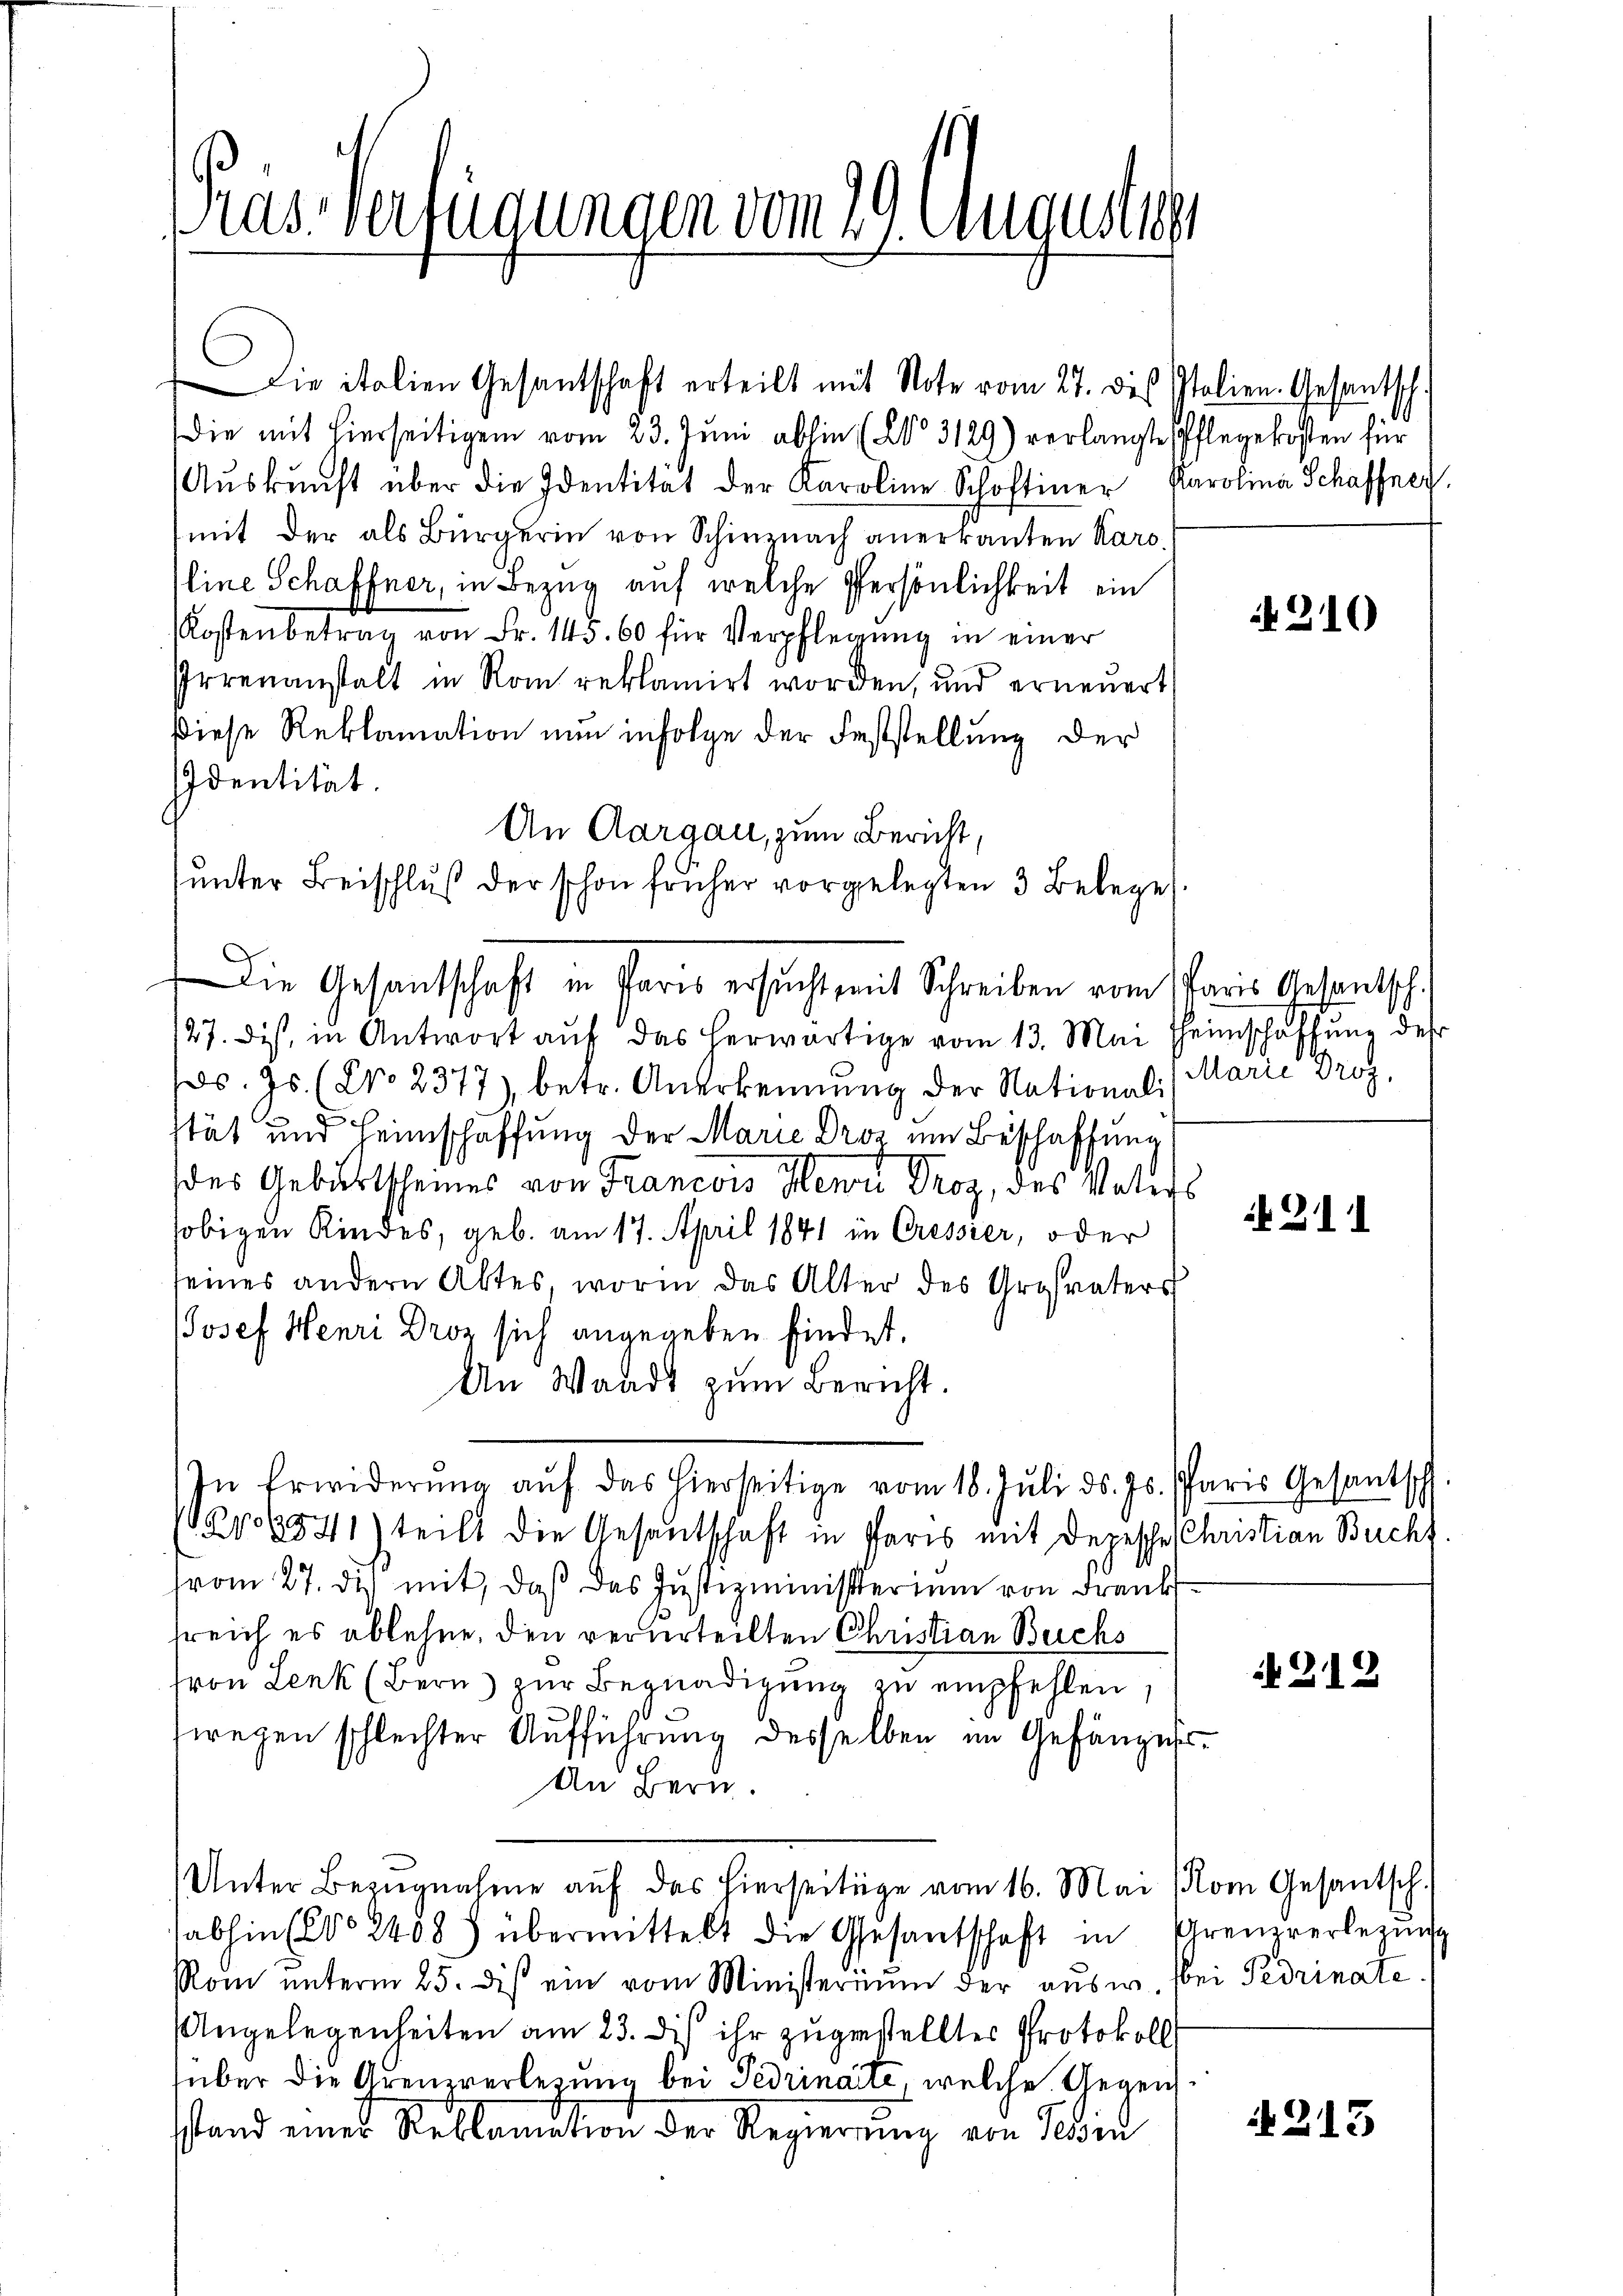
Gras Verfügungen vom 19. Augustim

Die mit hierseitigen vom 23. Juni abhin (Co 3129) verlangte Pflegekosten für
Aŭskŭnft über die Identität der Karoline Schoftiner Karolina Schaffner,
(mit der als Bürgerin von Schinznach anerkannten Karo
line Schaffner, in Bezug auf welche Persönlichkeit ein
Kostenbetrag von Fr. 145. 60 für Verpflegung in einer
Irrenanstalt in Rom reklamirt worden, und erneuert
diese Reklamation nun infolge der Feststellung der
Identität.
An Aargau, zum Bericht,
sunter Beischluß der schon früher vorgelegten 3 Belege
/27. Dist, in Antwort auf das herwärtige vom 13. Mai theimschaffung des
s. Js. (Co 2377), betr. Anerkennung der Nationali, Marie Droz.
stät und Heimschaffung der Marie Droz um Beschaffung
des Geburtscheines von Francois Herrn Proz, des Votis
sobigen Kindes, geb. am 17. April 1841 in Cressier, oder
seines andern Aktes, worin das Alter des Grosvaters
Josef Henri Droz sich angegeben findet.
An Waadt zum Bericht.
In Erwiderŭng aŭf das hierseitige vom 18. Jŭli d. Js. Pfarrs Gesantsch
22541) teilt die Gesantschaft in Paris mit Depesche Christian Buchs
vom 27. di mit, daß das Justizministerium von Franklreich es ablehne, den verurteilten Christian Buchs
fron Lenk (Bern zur Begnadigung zu empfehlen,
wegen schlechter Aufführung desselben im Gefängnis
An Bern.
Unter Bezŭgnahme aŭf das hierseitige vom 16. Mai (Rom Gesantsch.
abhin (Co 8408) übermittelt die Gesantschaft in
Rom ŭnterm 25. des ein vom Ministerium der aŭsw. Bei Perinate,
Angelegenheiten am 23. dis ihr zugestelltes Protokoll
über die Grenzverlegung bei Tedrinaite, welche Gegens
stand einer Reklamation der Regierung von Sein

Die italien Gesantschaft erteilt mit Note vom 27. des Italien-Gesantsch.

Die Gesandtschaft in Paris ersucht, mit Schreiben vom Paris Gesentsch

210

311

212

Grenzverlegung

213